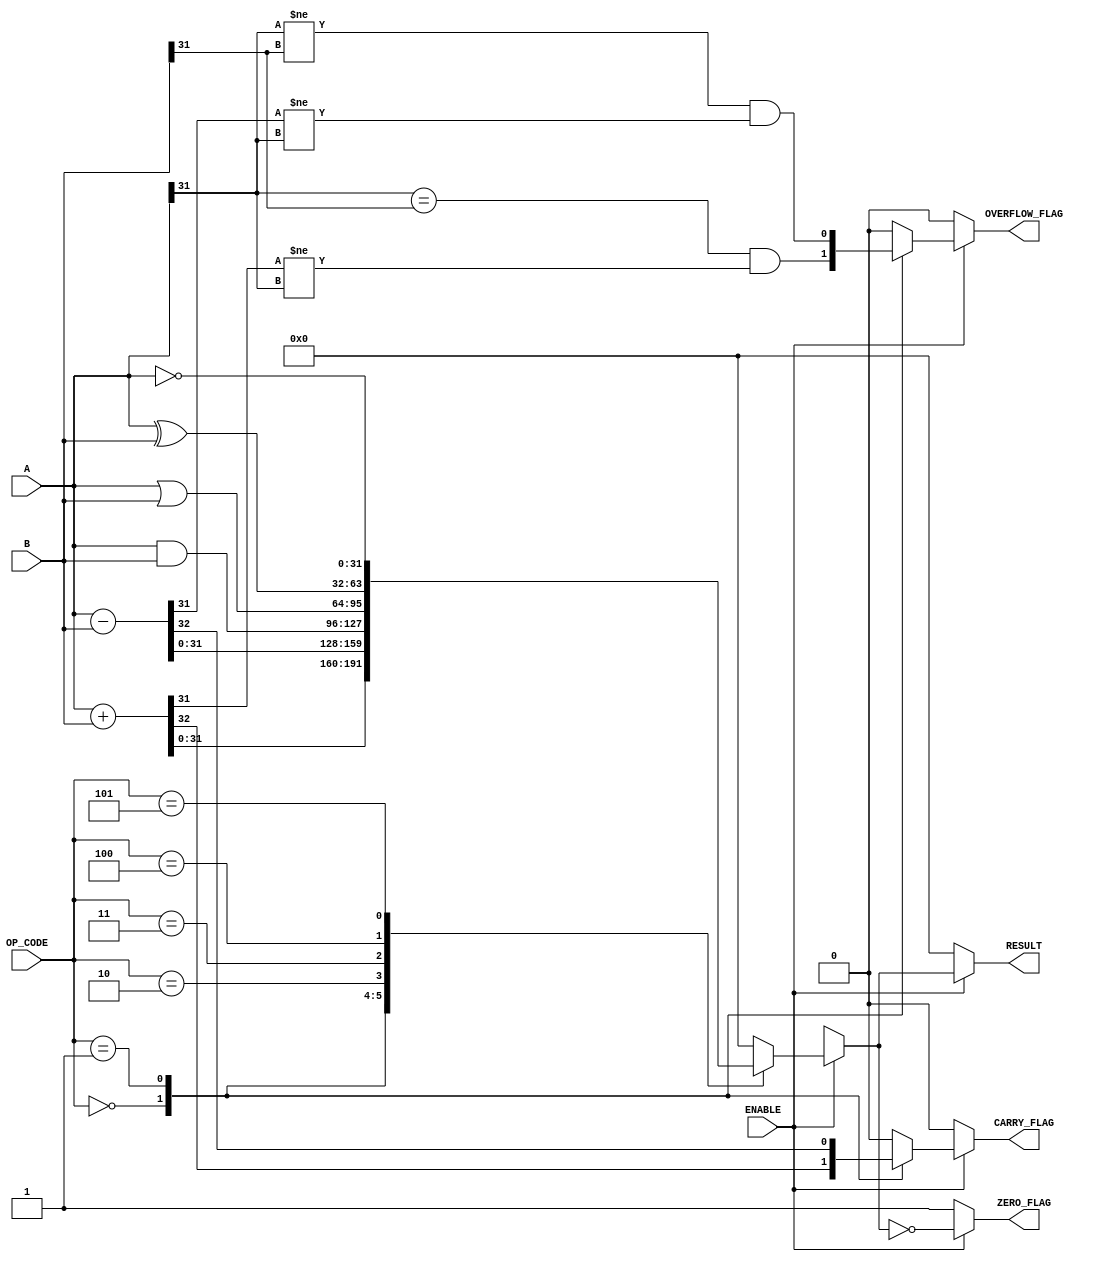
module ParameterizedALU #(
    parameter DATA_WIDTH = 32,            // Width of the data buses
    parameter OPERATION_MODE = 4          // Number of operations supported
)(
    input  wire [DATA_WIDTH-1:0] A,      // Input operand A
    input  wire [DATA_WIDTH-1:0] B,      // Input operand B
    input  wire [OPERATION_MODE-1:0] OP_CODE, // Operation code
    input  wire ENABLE,                   // Enable signal
    output reg  [DATA_WIDTH-1:0] RESULT, // ALU result
    output reg  ZERO_FLAG,                // Zero flag
    output reg  CARRY_FLAG,               // Carry flag
    output reg  OVERFLOW_FLAG             // Overflow flag
);

    // Internal signals
    reg [DATA_WIDTH:0] temp_result; // For carry flag computation

    // ALU operations
    always @(*) begin
        // Default outputs
        RESULT = 0;
        ZERO_FLAG = 0;
        CARRY_FLAG = 0;
        OVERFLOW_FLAG = 0;

        if (ENABLE) begin
            case (OP_CODE)
                4'b0000: // Addition
                    begin
                        temp_result = A + B;
                        RESULT = temp_result[DATA_WIDTH-1:0];
                        CARRY_FLAG = temp_result[DATA_WIDTH]; // Carry out
                        OVERFLOW_FLAG = (A[DATA_WIDTH-1] == B[DATA_WIDTH-1]) && (RESULT[DATA_WIDTH-1] != A[DATA_WIDTH-1]);
                    end
                4'b0001: // Subtraction
                    begin
                        temp_result = A - B;
                        RESULT = temp_result[DATA_WIDTH-1:0];
                        CARRY_FLAG = temp_result[DATA_WIDTH]; // Borrow flag (not standard)
                        OVERFLOW_FLAG = (A[DATA_WIDTH-1] != B[DATA_WIDTH-1]) && (RESULT[DATA_WIDTH-1] != A[DATA_WIDTH-1]);
                    end
                4'b0010: // AND
                    RESULT = A & B;
                4'b0011: // OR
                    RESULT = A | B;
                4'b0100: // XOR
                    RESULT = A ^ B;
                4'b0101: // NOT
                    RESULT = ~A;  // Only A for NOT operation
                // Add more operations as needed
                default: 
                    RESULT = 0; // Default case
            endcase

            // Set the ZERO_FLAG
            ZERO_FLAG = (RESULT == 0);
        end else begin
            // If not enabled, output defaults
            RESULT = 0;
            ZERO_FLAG = 1;
            CARRY_FLAG = 0;
            OVERFLOW_FLAG = 0;
        end
    end
endmodule